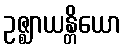
ဥဇ္ဈာယန္တိယော